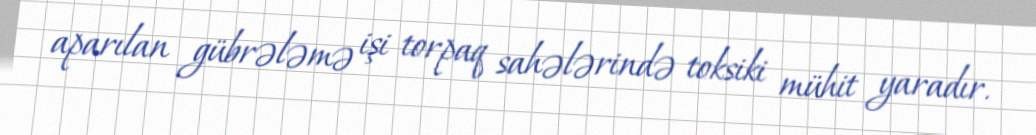
aparılan gübrələmə işi torpaq sahələrində toksiki mühit yaradır.